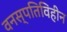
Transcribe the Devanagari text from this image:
वनस्पतिविहीन